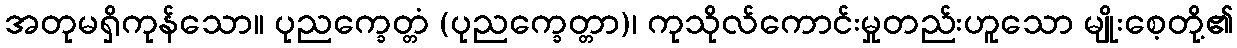
အတုမရှိကုန်သော။ ပုညက္ခေတ္တံ (ပုညက္ခေတ္တာ)၊ ကုသိုလ်ကောင်းမှုတည်းဟူသော မျိုးစေ့တို့၏